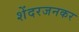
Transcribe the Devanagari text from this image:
शेंदरजनकर